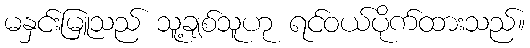
မနှင်းမြူသည် သူ့ချစ်သူဟု ရင်ဝယ်ပိုက်ထားသည်။